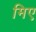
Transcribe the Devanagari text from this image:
मिए